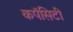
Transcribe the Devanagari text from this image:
कपॅसिटी